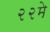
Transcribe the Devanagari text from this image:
२२मे